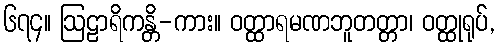
၆၇၄။ ဩဠာရိကန္တိ-ကား။ ဝတ္ထာရမဏဘူတတ္တာ၊ ဝတ္ထုရုပ်,